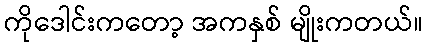
ကိုဒေါင်းကတော့ အကနှစ် မျိုးကတယ်။